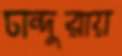
চান্দুরায়